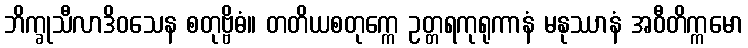
ဘိက္ခုသီလာဒိဝသေန စတုဗ္ဗိဓံ။ တတိယစတုက္ကေ ဥတ္တရကုရုကာနံ မနုဿာနံ အဝီတိက္ကမော